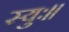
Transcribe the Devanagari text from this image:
स्युः।।